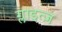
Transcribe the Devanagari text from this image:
ग्लाइत्ज़